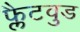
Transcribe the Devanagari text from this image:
फ्लैटवुड